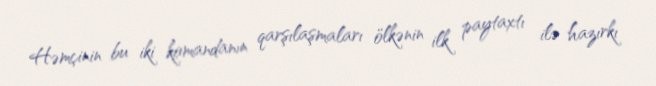
Həmçinin bu iki komandanın qarşılaşmaları ölkənin ilk paytaxtı ilə hazırkı